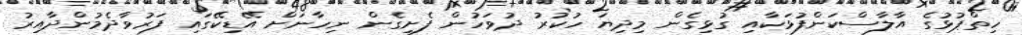
ހިތްޕުޅުގެ އާލާސްކަންފުޅަކާއި ގުޅިގެން މިދިޔަ ހުކުރު ދުވަހުން ފެށިގެން ނިހާނަށް އޭޑިކޭގައި ފަރުވާދެމުންދާއިރު